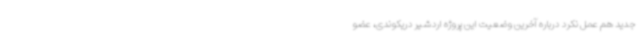
جدید هم عمل نکرد درباره آخرین وضعیت این پروژه اردشیر دریکوندی، عضو